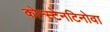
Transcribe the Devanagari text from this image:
कोन्स्टेनटिनोवा